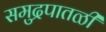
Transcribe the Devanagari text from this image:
समुद्रपातळी